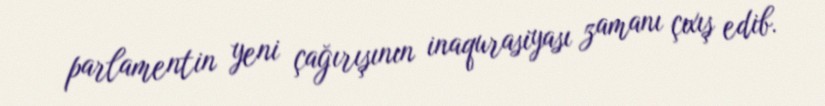
parlamentin yeni çağırışının inaqurasiyası zamanı çıxış edib.